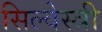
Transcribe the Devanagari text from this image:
सिल्वेस्त्री